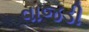
વાજડી